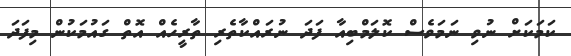
ކަމަކަށް ނުވި ނަމަވެސް ކޮލަމްބިއާ ފަދަ ނުރައްކާތެރި ތާރީހެއް އޮތް ގައުމަކުން މިފަދަ